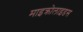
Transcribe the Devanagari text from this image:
माइक्रोलाइडस